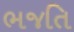
ભજતિ